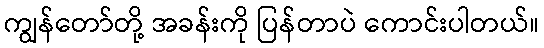
ကျွန်တော်တို့ အခန်းကို ပြန်တာပဲ ကောင်းပါတယ်။